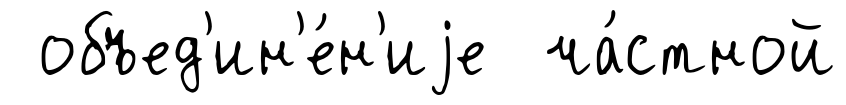
объед'ин'е́н'иjе ча́стной